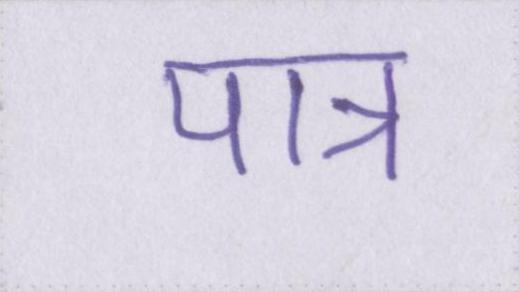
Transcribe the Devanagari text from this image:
पात्र